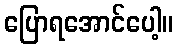
ပြောရအောင်ပေါ့။